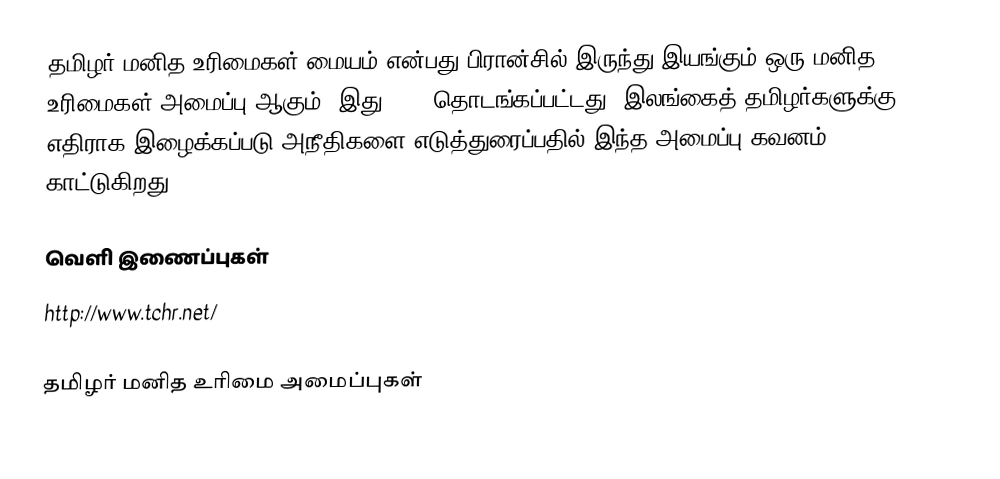
தமிழர் மனித உரிமைகள் மையம் என்பது பிரான்சில் இருந்து இயங்கும் ஒரு மனித உரிமைகள் அமைப்பு ஆகும்.  இது 1990 தொடங்கப்பட்டது.  இலங்கைத் தமிழர்களுக்கு எதிராக இழைக்கப்படு அநீதிகளை எடுத்துரைப்பதில் இந்த அமைப்பு கவனம் காட்டுகிறது.

வெளி இணைப்புகள்
 http://www.tchr.net/

தமிழர் மனித உரிமை அமைப்புகள்